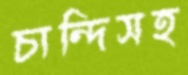
চান্দিসহ